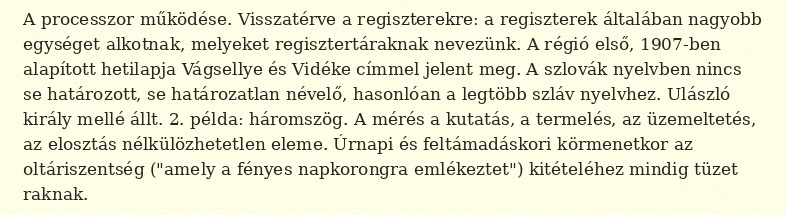
A processzor működése. Visszatérve a regiszterekre: a regiszterek általában nagyobb egységet alkotnak, melyeket regisztertáraknak nevezünk. A régió első, 1907-ben alapított hetilapja Vágsellye és Vidéke címmel jelent meg. A szlovák nyelvben nincs se határozott, se határozatlan névelő, hasonlóan a legtöbb szláv nyelvhez. Ulászló király mellé állt. 2. példa: háromszög. A mérés a kutatás, a termelés, az üzemeltetés, az elosztás nélkülözhetetlen eleme. Úrnapi és feltámadáskori körmenetkor az oltáriszentség ("amely a fényes napkorongra emlékeztet") kitételéhez mindig tüzet raknak.